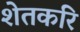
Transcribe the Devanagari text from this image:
शेतकरि